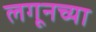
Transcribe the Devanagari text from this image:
लगूनच्या